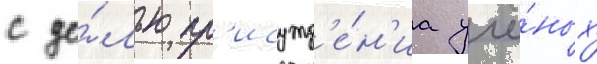
с це́лью пр'исужд'е́н'иа учё́ных